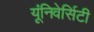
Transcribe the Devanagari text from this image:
यूंनिवेर्सिटी